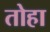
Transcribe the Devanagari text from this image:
तोहा